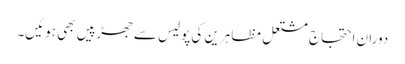
دوران احتجاج مشتعل مظاہرین کی پولیس سے جھڑپیں بھی ہوئیں۔